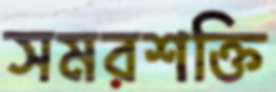
সমরশক্তি